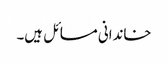
خاندانی مسائل ہیں۔